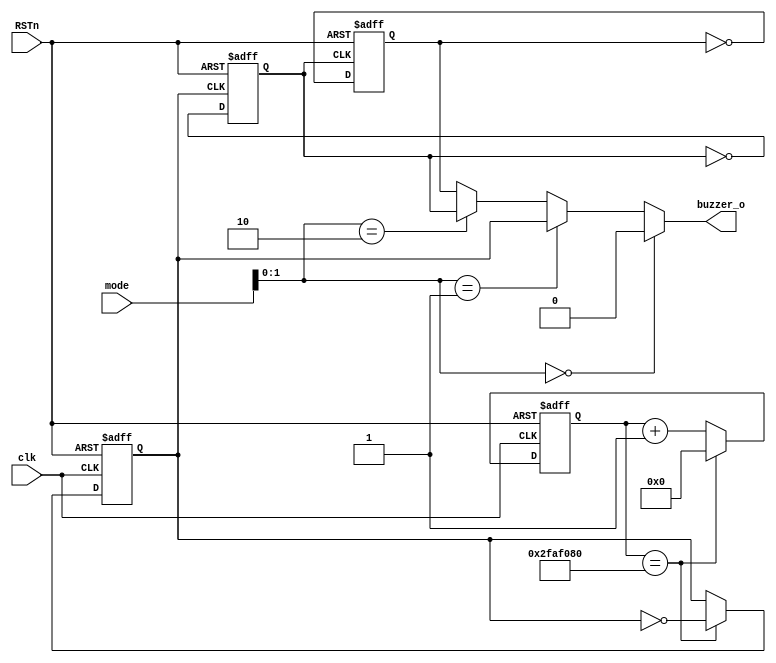
// This program was cloned from: https://github.com/flyjancy/CortexM0_SoC_Task
// License: MIT License

module buzzer(
    input   wire    clk,
    input   wire    RSTn,
    input   wire    [7:0]   mode,
    output  wire    buzzer_o
);

reg clk0,clk1,clk2;
reg [25:0] cnt;
wire [25:0]cnt_nxt;
wire cnt_done;

assign cnt_done = cnt == 26'd50000000;
assign cnt_nxt = cnt_done ? 26'b0 : cnt + 1'b1; 

always@(posedge clk or negedge RSTn) begin
    if(~RSTn) cnt <= 26'b0;
    else cnt <= cnt_nxt;
end

always@(posedge clk or negedge RSTn) begin
    if(~RSTn) clk0 <= 1'b0;
    else if(cnt_done) clk0 <= ~clk0;
end

always@(posedge clk0 or negedge RSTn) begin
    if(~RSTn) clk1 <= 1'b0;
    else clk1 <= ~clk1;
end

always@(posedge clk1 or negedge RSTn) begin
    if(~RSTn) clk2 <= 1'b0;
    else clk2 <= ~clk2;
end

assign buzzer_o =   (mode[1:0] == 2'b00) ? 1'b0 : (
                    (mode[1:0] == 2'b01) ? clk0 : (
                    (mode[1:0] == 2'b10) ? clk1 : clk2));

endmodule